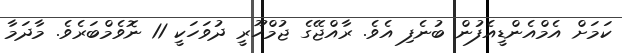
ކަމަށް އެމްއެންޑީއެފުން ބުނެފި އެވެ. ރާއްޖޭގެ ޖުމްހޫރީ ދުވަހަކީ 11 ނޮވެމްބަރެވެ. މާދަމާ